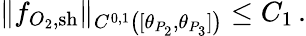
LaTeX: \| f_{O_{2},\mathrm{{sh}}}\| _{C^{0,1}\left([\theta_{P_{2}},\theta_{P_{3}}]\right)}\leq C_{1}\, .